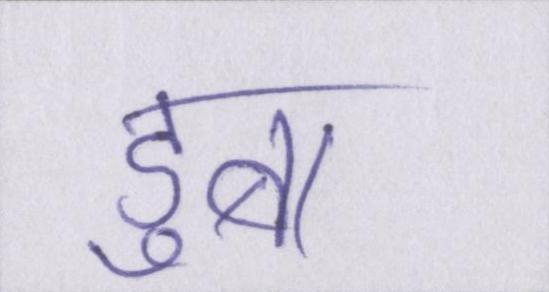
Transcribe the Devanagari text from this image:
डुबा